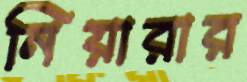
নিয়ারার